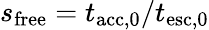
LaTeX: s_{\mathrm{free}}=t_{\mathrm{acc,0}}/t_{\mathrm{esc,0}}